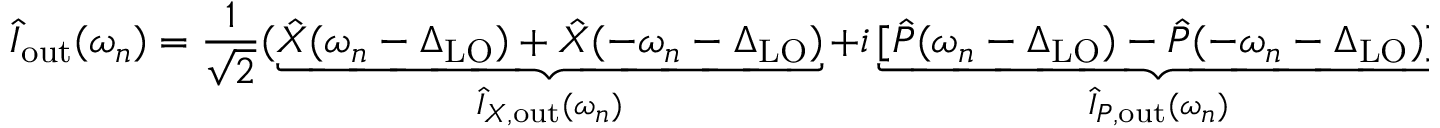
\hat { I } _ { \mathrm { o u t } } ( \omega _ { n } ) = \frac { 1 } { \sqrt { 2 } } ( \underbrace { \hat { X } ( \omega _ { n } - \Delta _ { \mathrm { L O } } ) + \hat { X } ( - \omega _ { n } - \Delta _ { \mathrm { L O } } ) } _ { \hat { I } _ { X , \mathrm { o u t } } ( \omega _ { n } ) } + i \underbrace { [ \hat { P } ( \omega _ { n } - \Delta _ { \mathrm { L O } } ) - \hat { P } ( - \omega _ { n } - \Delta _ { \mathrm { L O } } ) ] } _ { \hat { I } _ { P , \mathrm { o u t } } ( \omega _ { n } ) } ) ,